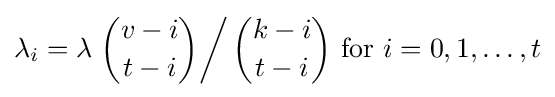
\lambda _{i}=\lambda \left.{\binom {v-i}{t-i}}\right/{\binom {k-i}{t-i}}{\text{ for }}i=0,1,\ldots ,t